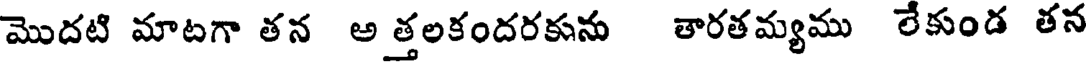
మొదటి మాటగా తన అ త్తలకందరకును తారతమ్యము లేకుండ తన